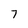
Character: 7